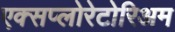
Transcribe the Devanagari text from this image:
एक्सप्लोरेटोरिअम